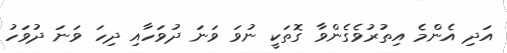
އަދި އެންމެ އިތުރުވެގެންވާ ގޮތަކީ ނުވަ ވަނަ ދުވަހާއި ދިހަ ވަނަ ދުވަހު